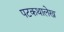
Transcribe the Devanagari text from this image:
पटकथालेख